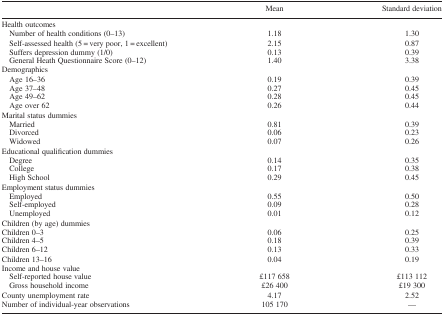
<table><thead><tr><td></td><td><b>Mean</b></td><td><b>Standard deviation</b></td></tr></thead><tbody><tr><td>Health outcomes</td><td></td><td></td></tr><tr><td>Number of health conditions (0–13)</td><td>1.18</td><td>1.30</td></tr><tr><td>Self‐assessed health (5 = very poor, 1 = excellent)</td><td>2.15</td><td>0.87</td></tr><tr><td>Suffers depression dummy (1/0)</td><td>0.13</td><td>0.39</td></tr><tr><td>General Heath Questionnaire Score (0–12)</td><td>1.40</td><td>3.38</td></tr><tr><td>Demographics</td><td></td><td></td></tr><tr><td>Age 16–36</td><td>0.19</td><td>0.39</td></tr><tr><td>Age 37–48</td><td>0.27</td><td>0.45</td></tr><tr><td>Age 49–62</td><td>0.28</td><td>0.45</td></tr><tr><td>Age over 62</td><td>0.26</td><td>0.44</td></tr><tr><td>Marital status dummies</td><td></td><td></td></tr><tr><td>Married</td><td>0.81</td><td>0.39</td></tr><tr><td>Divorced</td><td>0.06</td><td>0.23</td></tr><tr><td>Widowed</td><td>0.07</td><td>0.26</td></tr><tr><td>Educational qualification dummies</td><td></td><td></td></tr><tr><td>Degree</td><td>0.14</td><td>0.35</td></tr><tr><td>College</td><td>0.17</td><td>0.38</td></tr><tr><td>High School</td><td>0.29</td><td>0.45</td></tr><tr><td>Employment status dummies</td><td></td><td></td></tr><tr><td>Employed</td><td>0.55</td><td>0.50</td></tr><tr><td>Self‐employed</td><td>0.09</td><td>0.28</td></tr><tr><td>Unemployed</td><td>0.01</td><td>0.12</td></tr><tr><td>Children (by age) dummies</td><td></td><td></td></tr><tr><td>Children 0–3</td><td>0.06</td><td>0.25</td></tr><tr><td>Children 4–5</td><td>0.18</td><td>0.39</td></tr><tr><td>Children 6–12</td><td>0.13</td><td>0.33</td></tr><tr><td>Children 13–16</td><td>0.04</td><td>0.19</td></tr><tr><td>Income and house value</td><td></td><td></td></tr><tr><td>Self‐reported house value</td><td>£117 658</td><td>£113 112</td></tr><tr><td>Gross household income</td><td>£26 400</td><td>£19 300</td></tr><tr><td>County unemployment rate</td><td>4.17</td><td>2.52</td></tr><tr><td>Number of individual‐year observations</td><td>105 170</td><td>—</td></tr></tbody></table>